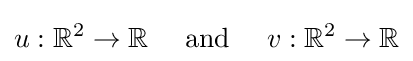
u:\mathbb {R} ^{2}\to \mathbb {R} \quad {\text{ and }}\quad v:\mathbb {R} ^{2}\to \mathbb {R}